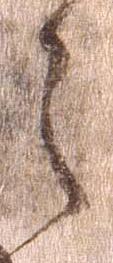
之